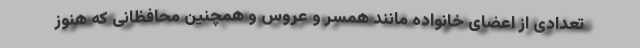
تعدادی از اعضای خانواده مانند همسر و عروس و همچنین محافظانی که هنوز